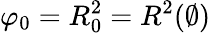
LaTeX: \varphi_{0}=R_{0}^{2}=R^{2}(\emptyset)